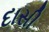
દાસી